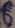
Text: 6